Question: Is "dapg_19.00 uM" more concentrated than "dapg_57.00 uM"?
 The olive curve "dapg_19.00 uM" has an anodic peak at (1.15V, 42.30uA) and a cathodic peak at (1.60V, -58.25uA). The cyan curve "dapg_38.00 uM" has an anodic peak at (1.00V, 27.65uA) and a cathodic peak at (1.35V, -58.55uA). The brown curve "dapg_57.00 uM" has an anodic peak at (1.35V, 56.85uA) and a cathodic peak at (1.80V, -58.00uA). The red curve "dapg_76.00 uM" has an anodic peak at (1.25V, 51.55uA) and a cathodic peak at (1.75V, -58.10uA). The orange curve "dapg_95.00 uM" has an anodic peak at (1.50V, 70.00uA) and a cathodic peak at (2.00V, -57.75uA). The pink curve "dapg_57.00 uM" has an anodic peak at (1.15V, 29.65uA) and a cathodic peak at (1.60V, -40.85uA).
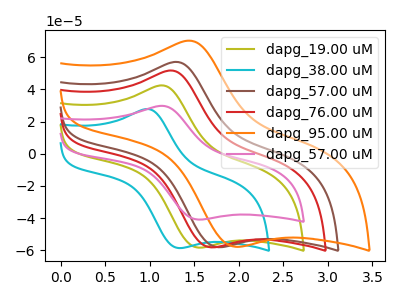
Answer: <think>All the peaks in "dapg_19.00 uM" have a peak in "dapg_57.00 uM" at the same potential. Every peak in "dapg_19.00 uM" is higher than every peak in "dapg_57.00 uM".
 </think>
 <answer>"dapg_19.00 uM" has more signal than "dapg_57.00 uM" and so likely has a higher concentration.</answer>
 <eval>more_concentration</eval>